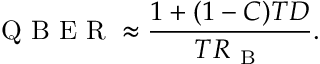
\mathrm { ~ Q ~ B ~ E ~ R ~ } \approx \frac { 1 + ( 1 - C ) T D } { T R _ { \mathrm { ~ B ~ } } } .